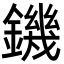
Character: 鐖